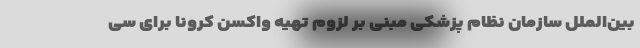
بین‌الملل سازمان نظام پزشکی مبنی بر لزوم تهیه واکسن کرونا برای سی